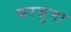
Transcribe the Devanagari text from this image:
भरजुना